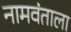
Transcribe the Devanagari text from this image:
नामवंताला